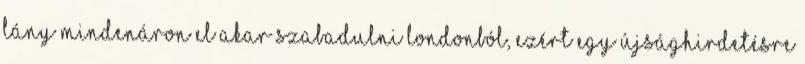
lány mindenáron el akar szabadulni Londonból, ezért egy újsághirdetésre